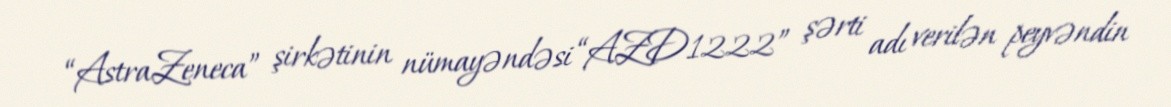
“AstraZeneca” şirkətinin nümayəndəsi “AZD1222” şərti adı verilən peyvəndin